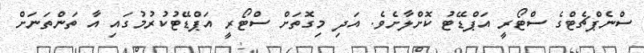
ސްނެޕްޗެޓްގެ ސްޓޯރީ އަޕްޑޭޓު ކޮށްލާށެވެ. އަދި މިގޮތަށް ސްޓޯރީ އަޕްޑޭޓުކުރުމުގައި އާ ތަންތަނަށް